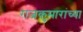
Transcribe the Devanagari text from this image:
राजकुमारांच्या